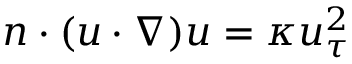
\begin{array} { r } { n \cdot ( u \cdot \nabla ) u = \kappa u _ { \tau } ^ { 2 } } \end{array}